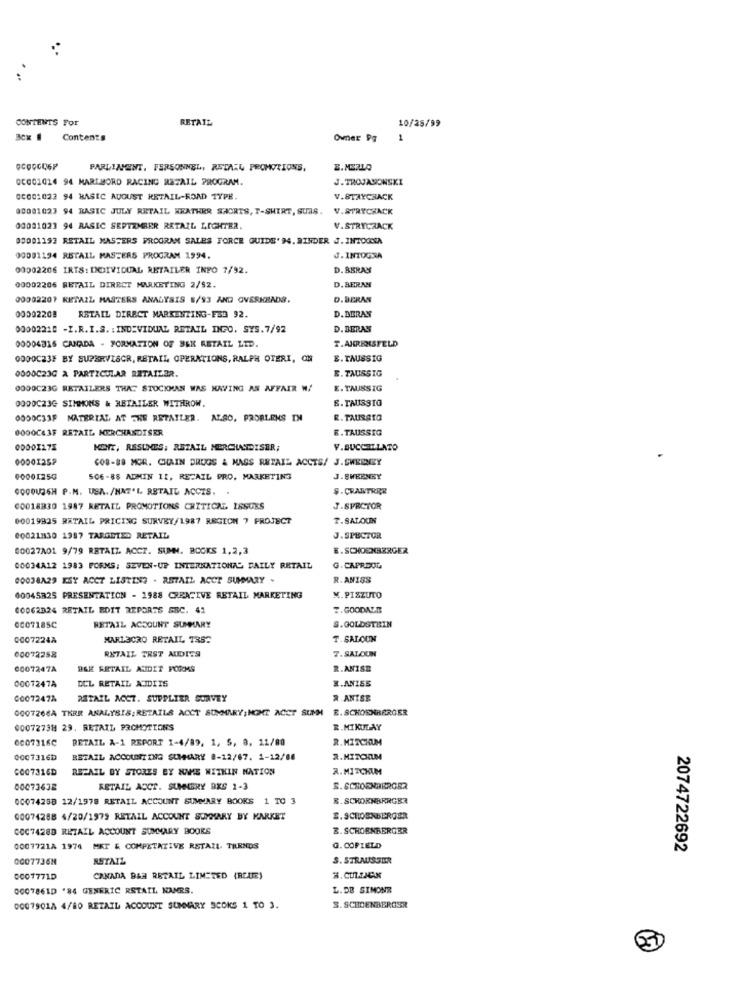
CONTENTS For
RETAIL
10/25/99
Contents
Owner Pg
1
PARLINENT, FERSONNEL, RETAIL PROMOTIONS,
B. MERLO
00001014 94 MARTMORD RACING RETAIL PROGRAM.
J.TROJANOWSKI
00001022 94 BASIC AUGUST RETAIL-ROAD TYPE.
V.STAYCHACK
00001027 94 BASIC JULY RETAIL HEATHER SHORTS, T-SHIRT, SUAS.
V.STRYCHACK
00001023 94 RASIC SEPTEMBER RETAIL LIGHTER,
V.STRYCRACK
00001193 RETAIL MASTERS PROGRAM SALES FORCE GUIDE' 94. RINDER J.INTOCCA
00091194 RETAIL MASTERS PROGRAM 1994.
J.INTOGSA
00002206 IRTS: INDIVIDUAL RETAILER INFO 7/92.
D. BERAN
00002206 RETAIL DIRECT MARKETING 2/92.
D. BERAN
00002207 RETAZZ MASTERS ANALYSIS 8/93 AND OVERKRADS.
D.BERAN
00302208
RETAIL DIRECT MARKENTING-FS3 92.
D. DERAN
00002210 -I.R.I.S. : INDIVIDUAL RETAIL INGO. SYS.7/92
D. BERAN
00004315 CANADA - FORMATION OF BEK ASTAIL LTD.
T.AHRENSFELD
0000C23F BY SUPERVISOR, RETAIL OPERATIONS, RALPH OTERI, ON
E. TAUSSIG
0000C23G & PARTICULAR RETAILER.
E. TAUSSIG
0000C23G RETAILERS THAT STOCKMAN WAS HAVING AS AFFAIR W/
E. TAUSSIG
0000C23G SIMMONS & RETAILER WITHROW.
B. TAUSSIG
0000C33F MATERIAL AT TRE RETAILER. ALSO, PRORLENS IN
R. TAURSTO
0000C43F RETAIL MERCHANDISER
E. TAUSSIG
00001175
KOTT, RSSUNES; RETAIL MERCHANDISER;
F.BUCCELLATO
00001257
CO8-88 MGR. CHAIN DRUGS & MASS RETAIL ACCTS/ J.SWEREY
60001250
506-88 ADMIN 11, RETAIL PRO, MARKETING
J.SWEENEY
GOOOUAGH P.M. USA./NAT'L RETAIL ACCIS. .
$. CRANTRICE
00018830 1987 RETAIL PROMOTIONS CRITICAL ISSUES
J.SPRCTOR
00019925 RETAIL PRICING SURVEY/1987 REGION 7 PROJECT
T.SALOUIN
00021830 1987 TARGETED RETAIL
J.SPECTOR
00027201 9/79 RETAIL ACCT. SUMM. BOCKS 1,2,3
E. SCHOENBERGER
00034A12 1983 FORMS; SEVEN-UP INTERNATIONAL DAILY RETAIL
G. CAPRDOG
00038A29 KSY ACCT LISTING . RETAIL ACCT SUMMARY .
R.ANISS
00045825 PRESENTATION - 1988 CREATIVE RETAIL MARKETING
M. PISZUTO
00062324 RETAIL EDIT REPORTS SBC. 41
7.GOODALE
0007185C
RETAIL ACCOUNT SUMMARY
S.GOLDSTEIN
0007224A
MARLBORO RETAIL TRS2
T.SALCUN
RETAIL TRST AUDITS
7.SALOON
00072258
0007247A
B&E RETAIL ANDIT FORMS
R.ANISE
0007247A
DCL RETAIL ANDITS
#.ANIS5
0007247A
RETAIL ACCT. SUPPLIER SURVEY
R ANISE
0007266A THER ANALYSIS: RETAILS ACCT SUMMARY; NIGHT ACCT SUMM
E.SCHORHRERGER
00072738 29. RETAIL PROMOTIONS
R.MIKULAY
00073160
RETAIL A-1 REPORT 1-4/89, 1, 5, 8, 11/88
R.MITCHUM
0007316b
RETAIL ACCOUNTING SUMMARY 8-12/67. 1-12/88
2.MITCHUMM
C007316D
RETAIL BY STORES BY NAME WITHIN NATION
R. MITCHUM
00073638
RETAIL ACCT. SUMNGRY BKS 1-3
00074288 12/1978 RETAIL ACCOUNT SUMMARY BOOKS 1 TO 3
R. SCHORNBRRGER
00074288 4/20/1979 RETAIL ACCOUNT SUMMARY BY KARKET
S.SCHOENBERGER
COC74288 RETAIL ACCOUNT SUMMARY BOOKS
B. SCHOENBERGER
0007721A 1974 MKT & COMPETATIVE RETAIL. TARNOS
G. COFIELD
2074722692
0007736H
RETAIL
S. STRAUSSER
0007771D
CANADA BAR RETAIL LIMITED (REALE)
0007861D '84 GENERIC RSTAIL NAMRS.
L.DE SIMONE
0007901A 4/80 RETAIL ACCOUNT SUMMARY SCOKS 1 TO 3.
S. SCHOENBERGSR